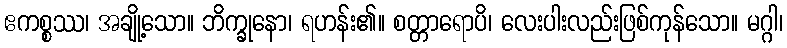
ဧကစ္စဿ၊ အချို့သော။ ဘိက္ခုနော၊ ရဟန်း၏။ စတ္တာရောပိ၊ လေးပါးလည်းဖြစ်ကုန်သော။ မဂ္ဂါ၊